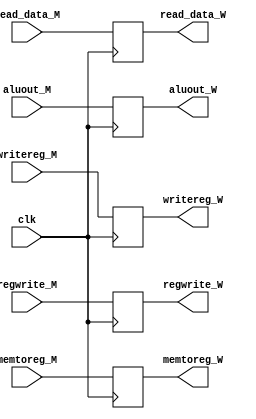
module mem_wb_regfile (input clk,
		       input regwrite_M,
		       input memtoreg_M,
		       input [31:0] read_data_M,
		       input [31:0] aluout_M,
		       input [4:0] writereg_M,
		       output reg regwrite_W,
		       output reg memtoreg_W,
		       output reg [31:0] read_data_W,
		       output reg [31:0] aluout_W,
		       output reg [4:0] writereg_W);


    always @(posedge clk)
    begin
	    regwrite_W <= regwrite_M;
	    memtoreg_W <= memtoreg_M;
	    read_data_W <= read_data_M;
	    aluout_W   <= aluout_M;
	    writereg_W <= writereg_M;
    end 

endmodule